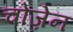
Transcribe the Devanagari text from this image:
चोज़ेन